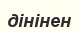
дінінен